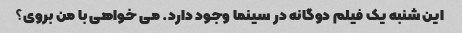
این شنبه یک فیلم دوگانه در سینما وجود دارد. می خواهی با من بروی؟